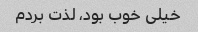
خیلی خوب بود، لذت بردم